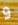
و